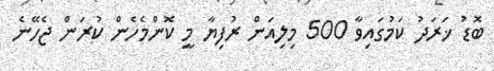
ބޮޑު ޚަރަދު ކަމުގައިވާ 500 މިލިއަން ރުފިޔާ މީ ކޮންމެހެން ކުރަން ޖެހޭނެ